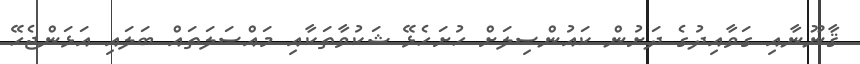
ޤާނޫނާއި ގަވާއިދުގެ ދަށުން ކައުންސިލަށް ހުށަހެޅޭ ޝަކުވާތަކާއި މައްސަލަތައް ބަލައި އަޅަންޖެހޭ